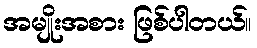
အမျိုးအစား ဖြစ်ပါတယ်။